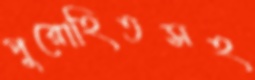
পুরোহিতসহ